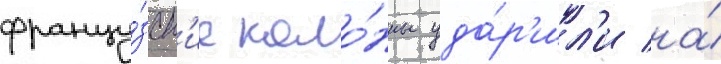
францу́зск'ие коло́нны уда́р'ил'и на́